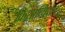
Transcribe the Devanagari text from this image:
क्रियान्वियत